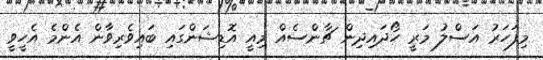
މިފަހަރު އަސްލު މަރީ ހޯދައިދިން ޗާންސެއް މިއީ އޮޑިޝަންގައި ބައިވެރިވާން އެންމެ އެހީވީ